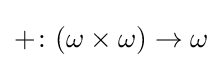
+\colon (\omega \times \omega )\to \omega